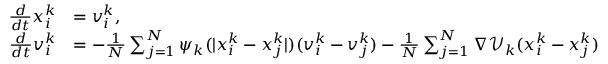
\begin{array} { r l } { \frac { d } { d t } x _ { i } ^ { k } } & { = v _ { i } ^ { k } , } \\ { \frac { d } { d t } v _ { i } ^ { k } } & { = - \frac { 1 } { N } \sum _ { j = 1 } ^ { N } \psi _ { k } ( | x _ { i } ^ { k } - x _ { j } ^ { k } | ) ( v _ { i } ^ { k } - v _ { j } ^ { k } ) - \frac { 1 } { N } \sum _ { j = 1 } ^ { N } \nabla \mathcal V _ { k } ( x _ { i } ^ { k } - x _ { j } ^ { k } ) } \end{array}